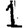
Digit: 1